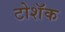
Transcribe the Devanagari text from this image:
टोशॅक